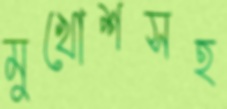
মুখোশসহ